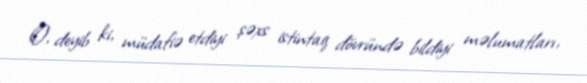
O, deyib ki, müdafiə etdiyi şəxs istintaq dövründə bildiyi məlumatları,